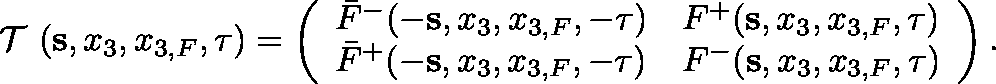
\begin{array} { r l r } & { } & { { { { \mathrm { \boldmath ~ { \cal ~ T } ~ } } } } ( { \bf s } , x _ { 3 } , x _ { 3 , F } , \tau ) = \left( \begin{array} { l l } { \bar { F } ^ { - } ( - { \bf s } , x _ { 3 } , x _ { 3 , F } , - \tau ) } & { F ^ { + } ( { \bf s } , x _ { 3 } , x _ { 3 , F } , \tau ) } \\ { \bar { F } ^ { + } ( - { \bf s } , x _ { 3 } , x _ { 3 , F } , - \tau ) } & { F ^ { - } ( { \bf s } , x _ { 3 } , x _ { 3 , F } , \tau ) } \end{array} \right) . } \end{array}